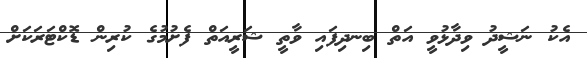
އެކު ނަޝީދު ވިދާޅުވީ އަތް ބިނދިފައި ވާތީ ޝަރީއަތް ފެށުމުގެ ކުރިން ޑޮކްޓަރަކަށް